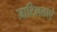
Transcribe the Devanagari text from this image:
जाटिलताएं